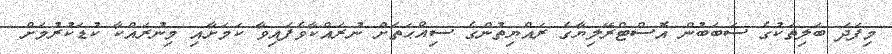
މިފަދަ ބަލިތަކުގެ ސަބަބުން އޮސްޓްރޭލިޔާގެ ރައްޔިތުންގެ ސިއްޙަތަށް ނުރައްކާވެފައިވާ ކަމަށާއި މިނުރައްކާ ކުޑަކުރުމަށް